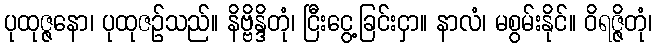
ပုထုဇ္ဇနော၊ ပုထုဇဉ်သည်။ နိဗ္ဗိန္ဒိတုံ၊ ငြီးငွေ့ခြင်းငှာ။ နာလံ၊ မစွမ်းနိုင်။ ဝိရဇ္ဇိတုံ၊